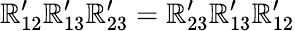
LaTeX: \mathbb{R}_{12}^{\prime}\mathbb{R}_{13}^{\prime}\mathbb{R}_{23}^{\prime}=\mathbb{R}_{23}^{\prime}\mathbb{R}_{13}^{\prime}\mathbb{R}_{12}^{\prime}